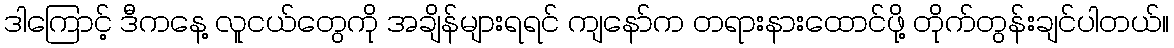
ဒါကြောင့် ဒီကနေ့ လူငယ်တွေကို အချိန်များရရင် ကျနော်က တရားနားထောင်ဖို့ တိုက်တွန်းချင်ပါတယ်။